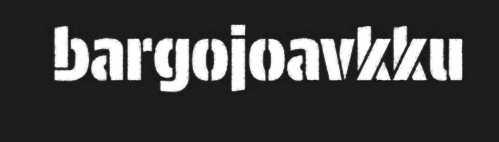
bargojoavkku